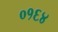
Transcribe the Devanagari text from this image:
०१६४